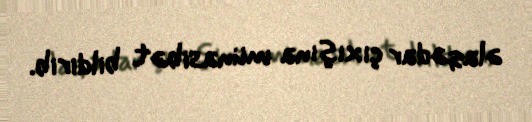
əlaqədar çıxışına münasibət bildirib.